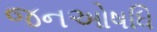
જનઓષધિ